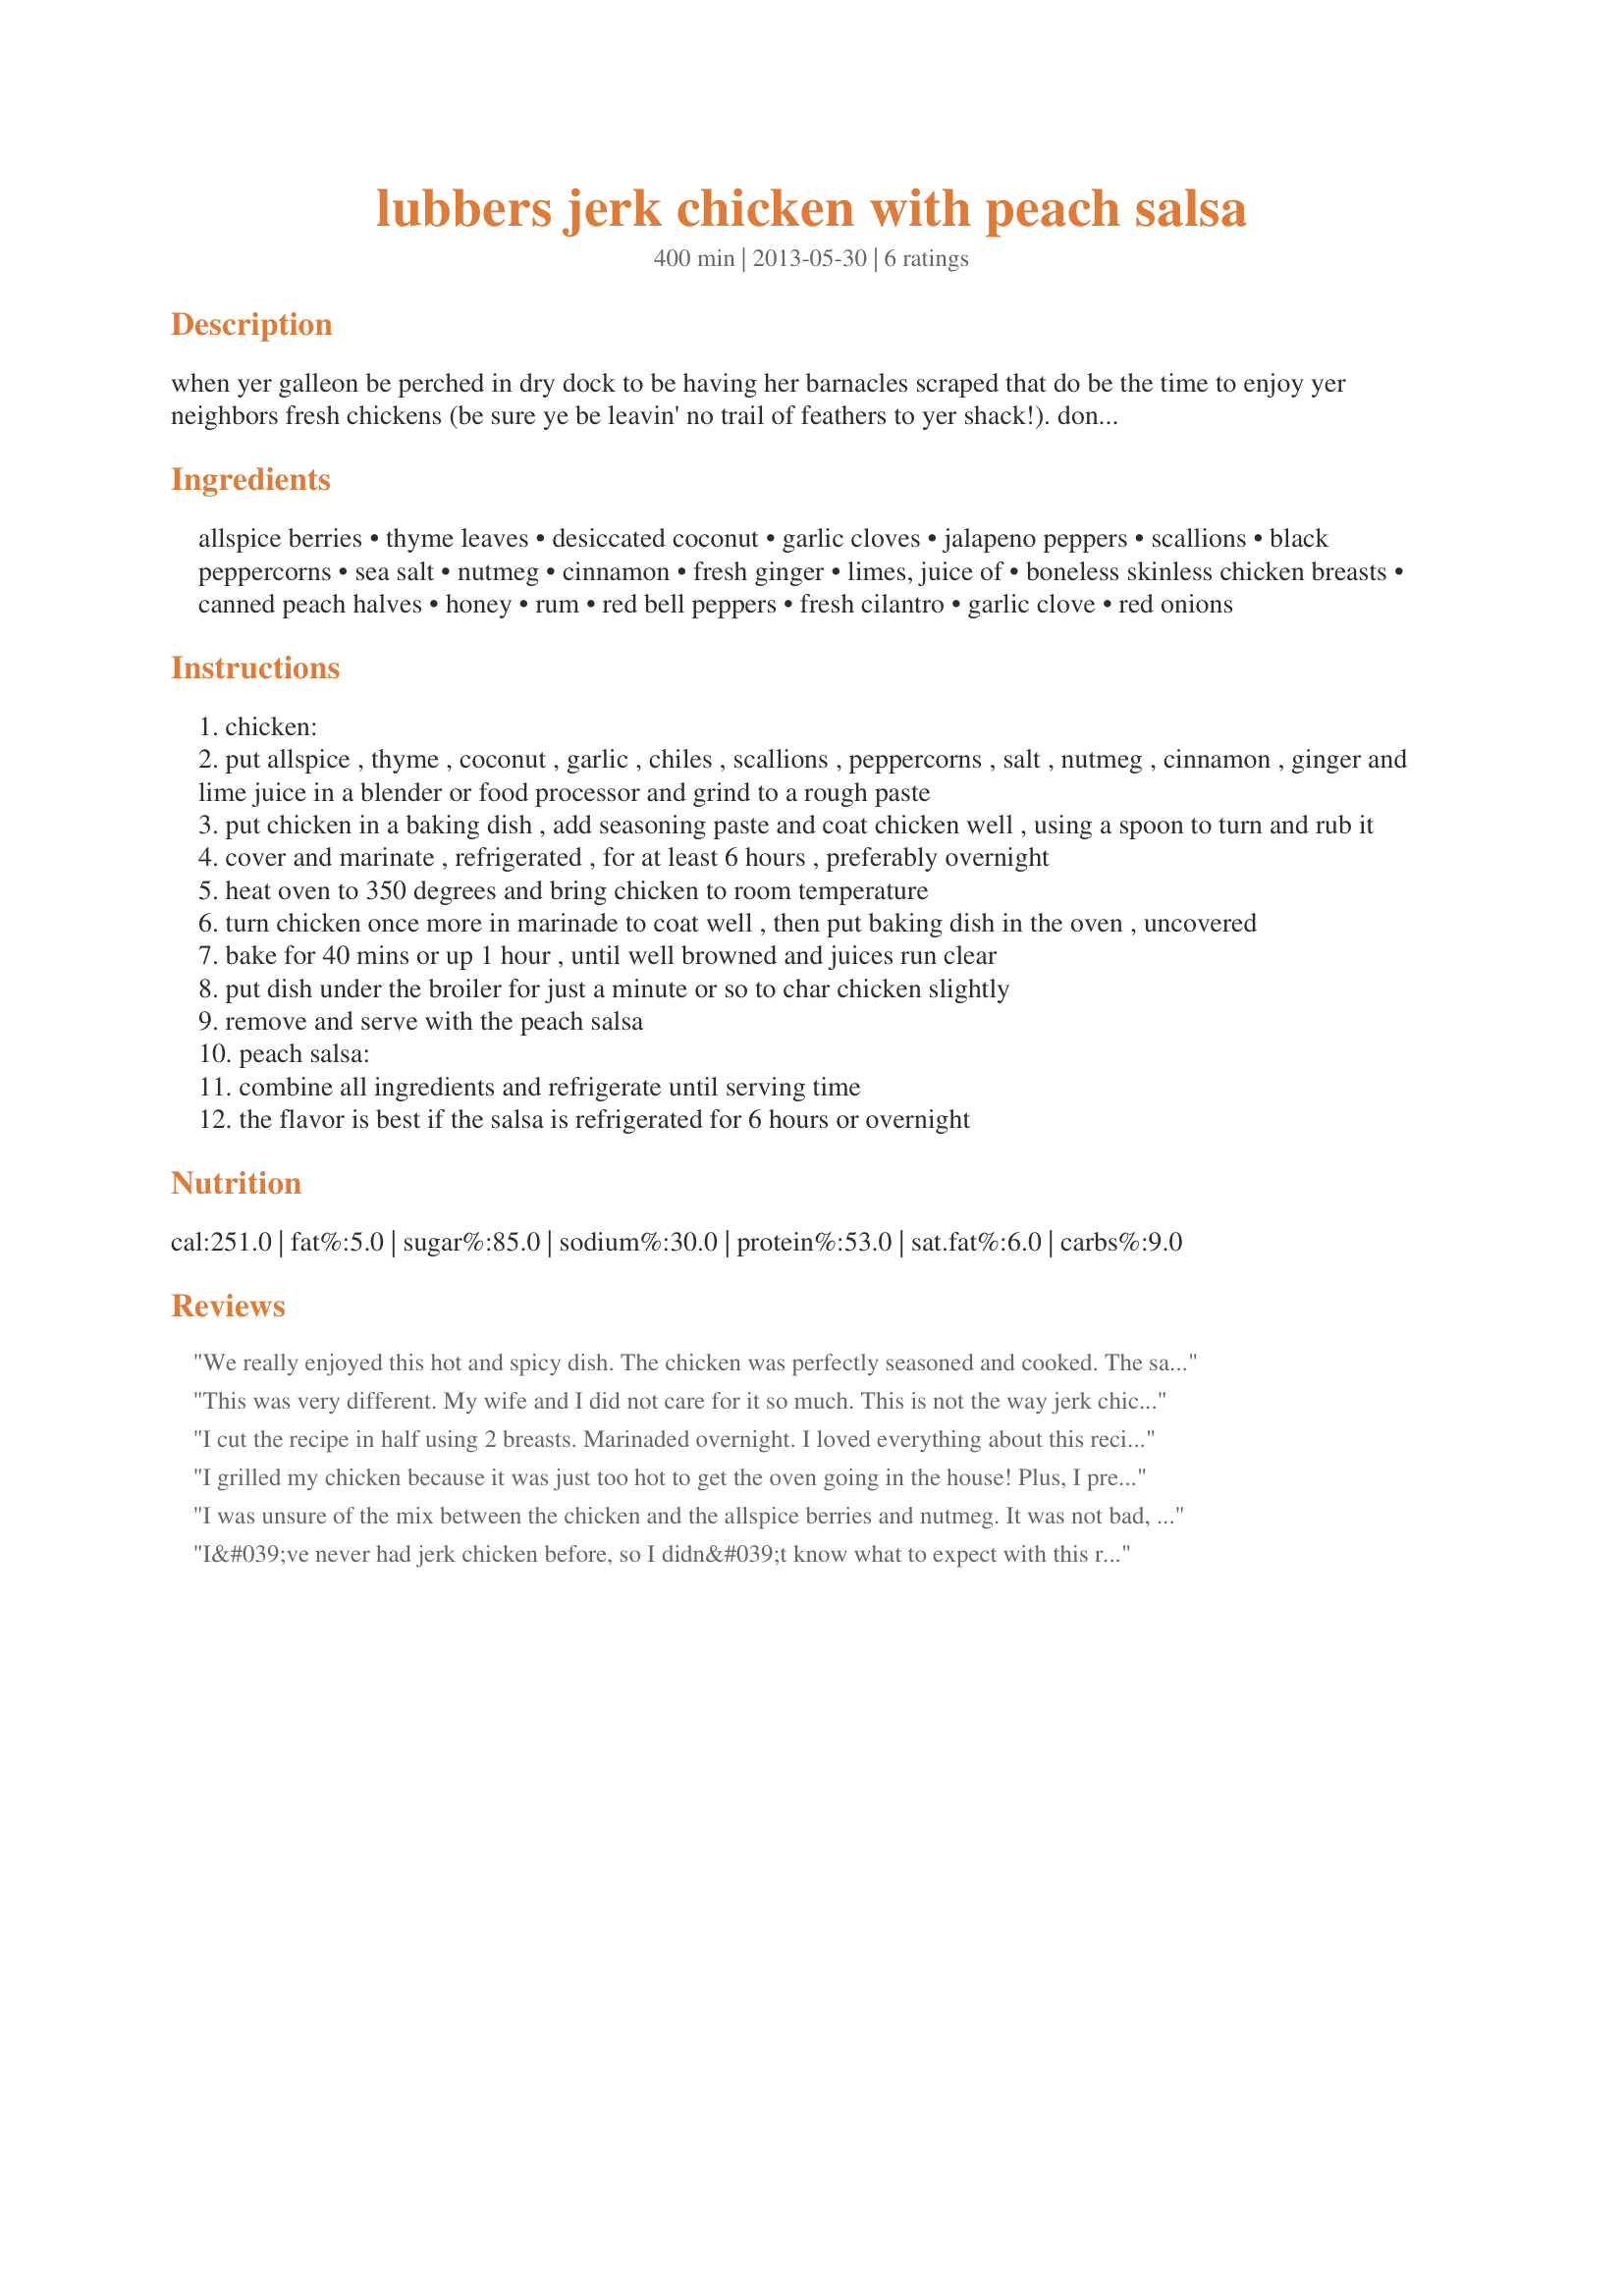
lubbers jerk chicken with peach salsa
Preparation time: 400 minutes

when yer galleon be perched in dry dock to be having her barnacles scraped that do be the time to enjoy yer neighbors fresh chickens (be sure ye be leavin' no trail of feathers to yer shack!). don't rush it, let it soak in the goodness of yer larder then ye'll have some grub to remember on yer next voyage matey. plan to start this fine feast the day before. prep time is the marinating time. created for raiders of the lost pantry contest.

Ingredients:
allspice berries, thyme leaves, desiccated coconut, garlic cloves, jalapeno peppers, scallions, black peppercorns, sea salt, nutmeg, cinnamon, fresh ginger, limes, juice of, boneless skinless chicken breasts, canned peach halves, honey, rum, red bell peppers, fresh cilantro, garlic clove, red onions

Steps:
chicken:
put allspice , thyme , coconut , garlic , chiles , scallions , peppercorns , salt , nutmeg , cinnamon , ginger and lime juice in a blender or food processor and grind to a rough paste
put chicken in a baking dish , add seasoning paste and coat chicken well , using a spoon to turn and rub it
cover and marinate , refrigerated , for at least 6 hours , preferably overnight
heat oven to 350 degrees and bring chicken to room temperature
turn chicken once more in marinade to coat well , then put baking dish in the oven , uncovered
bake for 40 mins or up 1 hour , until well browned and juices run clear
put dish under the broiler for just a minute or so to char chicken slightly
remove and serve with the peach salsa
peach salsa:
combine all ingredients and refrigerate until serving time
the flavor is best if the salsa is refrigerated for 6 hours or overnight

Reviews:
We really enjoyed this hot and spicy dish. The chicken was perfectly seasoned and cooked. The salsa was out of this world, it was just wonderful with the chicken, a perfect balance. I served the chicken and salsa with coconut rice and homemade creamed corn for a wonderful meal. Great use of contest ingredients...Good Luck in the Contest.
This was very different. My wife and I did not care for it so much. This is not the way jerk chicken should taste. I&#039;m sure with the ingredients you had to use that it is okay, but we probably will not make this again. (Just a note, your information at the beginning is quite confusing).
I cut the recipe in half using 2 breasts. Marinaded overnight. I loved everything about this recipe except the cooking method of choice, Jerk should be grilled and that is what I did. Oiling the hot grill grates and cooked 4 - 5 minutes per side. Let rest 5 minutes. Even my DH didn&#039;t complain about the cinnamon and nutmeg. Maybe because my jalapeno was nice and hot. I did use parsley in the salsa for DH would have nothing to do with cilantro. I did add cilantro to mine at serving I must say one breast is a bit much for one person. Yes I did eat the whole thing! But I regretted it after. So very filling. As for the peaches I didn&#039;t towel dry them and didn`t see any reason for it. I did wonder why not any heat in the salsa but the chicken produced enough heat which making it all good and ymmy. Loved the intro!
I grilled my chicken because it was just too hot to get the oven going in the house! Plus, I prefer my chicken on the grill. I used 3 jalapenos because I definitely wanted some heat. I also used fresh peaches that were nice and ripe instead of the canned ones, and loved the salsa! Can&#039;t wait to try it with fish sometime. Thanks for sharing!
I was unsure of the mix between the chicken and the allspice berries and nutmeg. It was not bad, and alot better than I thought it would be. The peach salsa was amazing, and just the right kind of salsa for this kind of chicken.
I&#039;ve never had jerk chicken before, so I didn&#039;t know what to expect with this recipe. The peach salsa sounded delicious though, and it was indeed. The rub on the chicken tasted quite bitter to me though, but everyone else loved it (and they said the bitterness is characteristic of jerk chicken anyway). I guess jerk chicken is just not for me! The peach salsa and coconut rice helped quite a bit in toning down the bitterness at least. [Made &amp; Reviewed for PRMR]
